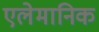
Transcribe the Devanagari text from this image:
एलेमानिक